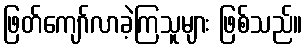
ဖြတ်ကျော်လာခဲ့ကြသူများ ဖြစ်သည်။